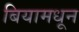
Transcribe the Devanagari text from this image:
बियामधून